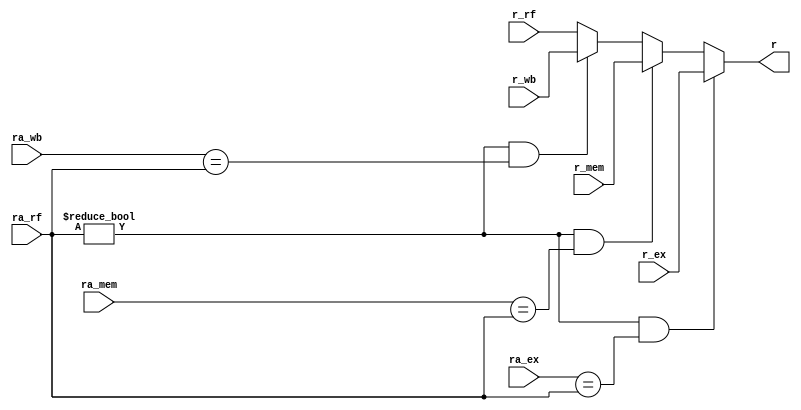
module forward(ra_ex, ra_mem, ra_wb, ra_rf, r_ex, r_mem, r_wb, r_rf, r);
input [4:0] ra_ex;
input [4:0] ra_mem;
input [4:0] ra_wb;
input [4:0] ra_rf;

input [31:0] r_ex;
input [31:0] r_mem;
input [31:0] r_wb;
input [31:0] r_rf;

output [31:0] r;

wire a, b, c, d;
reg [31:0] r;

assign a = (ra_rf != 0) && (ra_ex == ra_rf);
assign b = (ra_rf != 0) && (ra_mem == ra_rf);
assign c = (ra_rf != 0) && (ra_wb == ra_rf);

always@(a or b or c or r_ex or r_mem or r_wb or r_rf)
begin
	if(a == 1)
		r = r_ex;
	else if(b == 1)
		r = r_mem;
	else if(c == 1)
		r = r_wb;
	else
		r = r_rf;
	/*casex({a,b,c})
	3'b1xx: r = r_ex;
	3'b01x: r = r_mem;
	3'b001: r = r_wb;
	3'b000: r = r_rf;
	endcase*/
end

endmodule